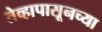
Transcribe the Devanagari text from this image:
तेव्हापासूनच्या